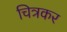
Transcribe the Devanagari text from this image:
चित्रकर